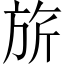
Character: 旂